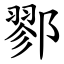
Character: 鄝